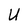
Character: U